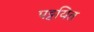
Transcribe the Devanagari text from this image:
पट्टयित